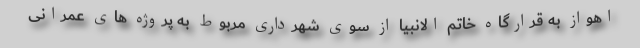
اهواز به قرارگاه خاتم الانبیا از سوی شهرداری مربوط به پروژه های عمرانی